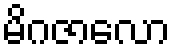
မိဂဇာလော